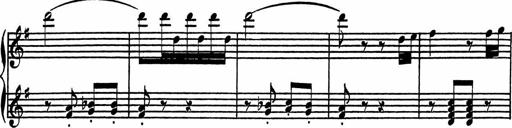
Title: 4 Piano Sonatinas
Composer: Adam Geibel